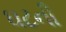
ઘટની